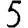
Digit: 5